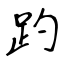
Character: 趵